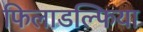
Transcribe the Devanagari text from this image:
फिलाडल्फिया